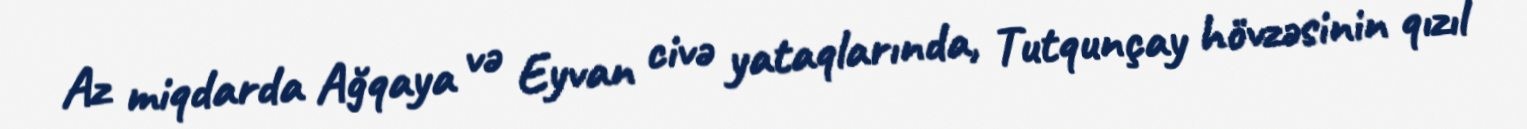
Az miqdarda Ağqaya və Eyvan civə yataqlarında, Tutqunçay hövzəsinin qızıl